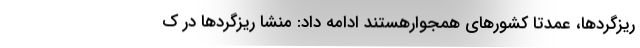
ریزگردها، عمدتا کشورهای همجوارهستند ادامه داد: منشا ریزگردها در ک